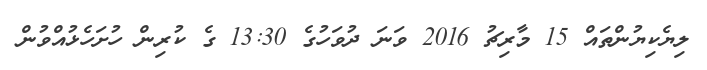
ލިޔެކިޔުންތައް 15 މާރިޗު 2016 ވަނަ ދުވަހުގެ 13:30 ގެ ކުރިން ހުށަހެޅުއްވުން